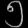
Digit: ၅